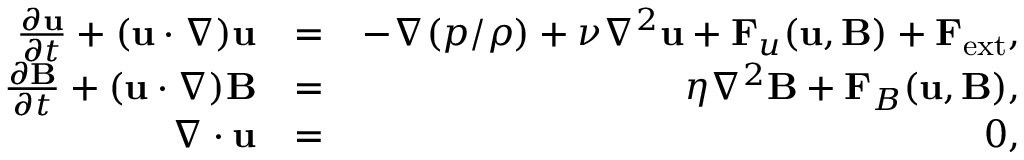
\begin{array} { r l r } { \frac { \partial { \bf u } } { \partial t } + ( { \bf u } \cdot \nabla ) { \bf u } } & { = } & { - \nabla ( { p } / { \rho } ) + \nu \nabla ^ { 2 } { \bf u } + { \bf F } _ { u } ( { \bf u , B } ) + { \bf F } _ { \mathrm { e x t } } , } \\ { \frac { \partial { \bf B } } { \partial t } + ( { \bf u } \cdot \nabla ) { { \bf B } } } & { = } & { \eta \nabla ^ { 2 } { { \bf B } } + { \bf F } _ { B } ( { \bf u , B } ) , } \\ { \nabla \cdot { \bf u } } & { = } & { 0 , } \end{array}